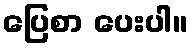
ပြေစာ ပေးပါ။